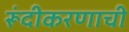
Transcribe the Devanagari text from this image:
रूंदीकरणाची